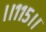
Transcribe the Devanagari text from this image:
।।११५।।